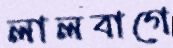
লালবাগে